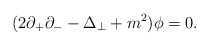
\begin{align*}(2 \partial_{+} \partial_{-} - \Delta_\perp + m^2) {\phi} = 0.\end{align*}